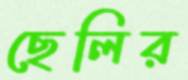
ছেলির